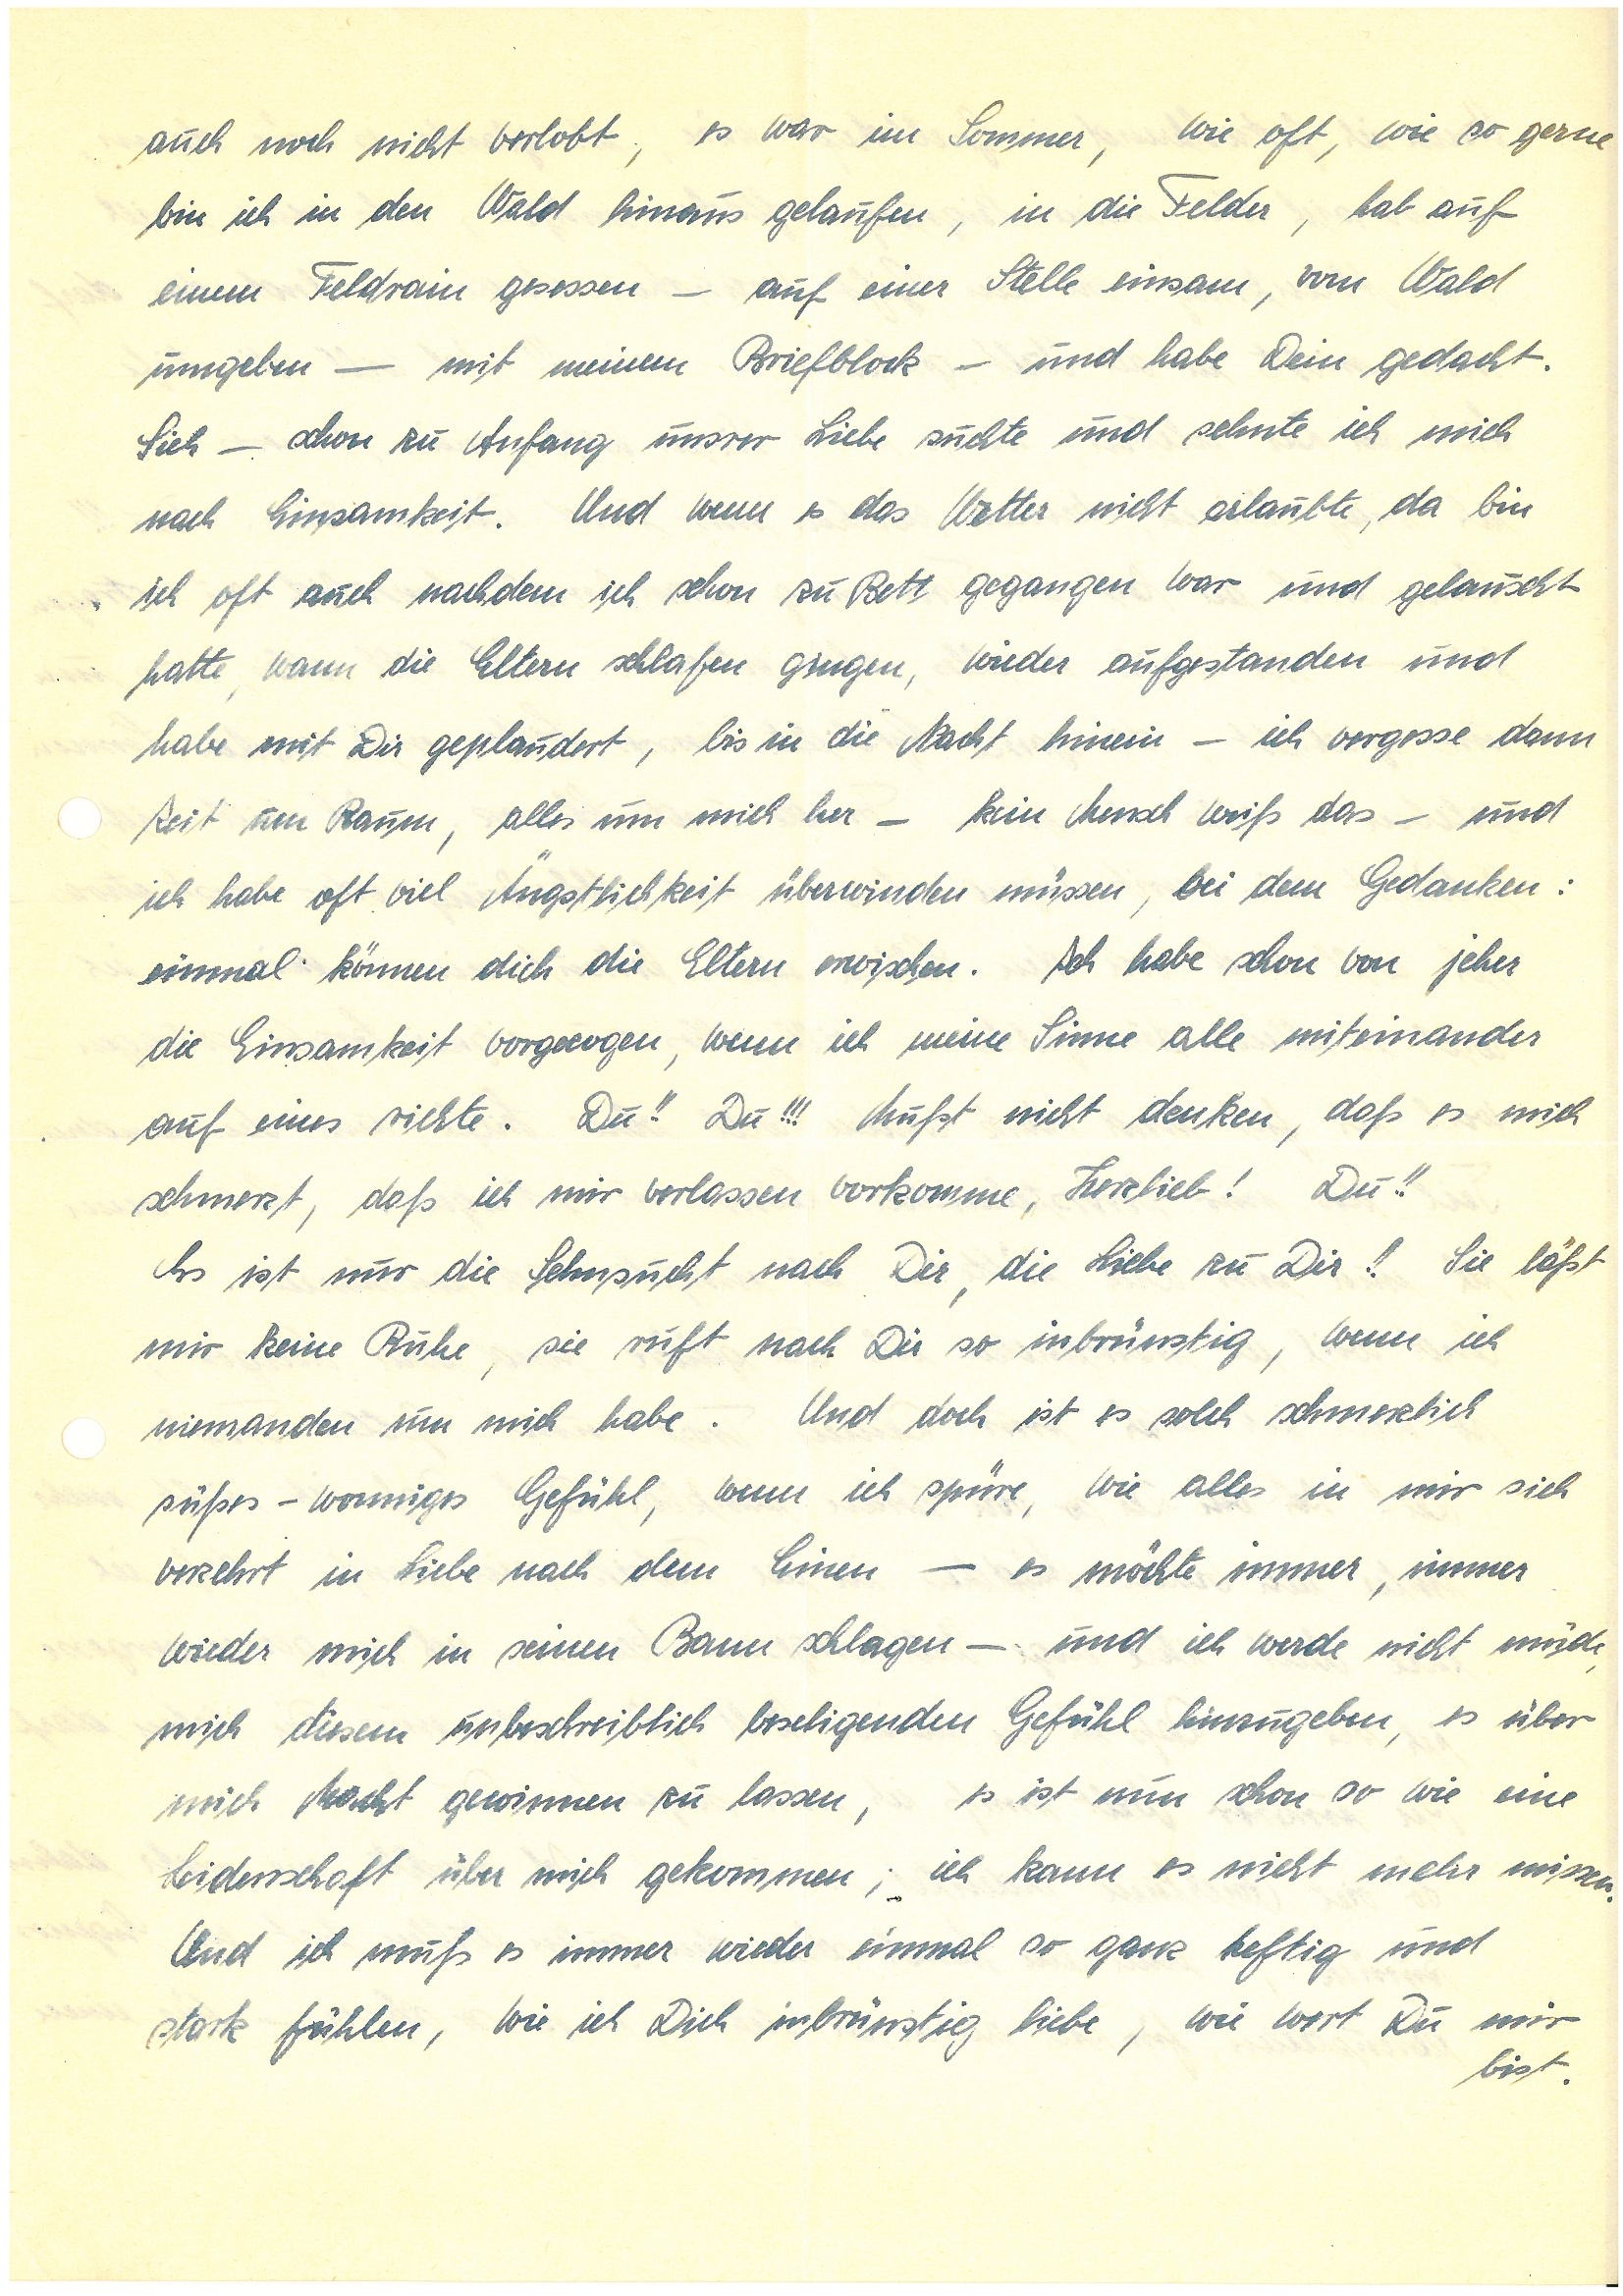
auch noch nicht verlobt, es war im Sommer, wie oft, wie so gerne
bin ich in den Wald hinaus gelaufen, in die Felder, hab auf
einem Feldrain gesessen – auf einer Stelle einsam, von Wald
umgeben – mit meinem Briefblock – und habe Dein gedacht.
Sieh – schon zu Anfang unsrer Liebe suchte und sehnte ich mich
nach Einsamkeit. Und wenn es das Wetter nicht erlaubte, da bin
ich oft auch nachdem ich schon zu Bett gegangen war und gelauscht
hatte, wann die Eltern schlafen gingen, wieder aufgestanden und
habe mit Dir geplaudert, bis in die Nacht hinein – ich vergesse dann
Zeit um Raum, alles um mich her – kein Mensch weiß das – und
ich habe oft viel Ängstlichkeit überwinden müssen, bei dem Gedanken:
einmal können dich die Eltern erwischen. Ich habe schon von jeher
die Einsamkeit vorgezogen, wenn ich meine Sinne alle miteinander
auf eines richte, Du!! Du!!! Mußt nicht denken, daß es mich
schmerzt, daß ich mir verlassen vorkomme, Herzlieb! Du!!
Es ist nur die Sehnsucht nach Dir, die Liebe zu Dir!! Sie läßt
mir keine Ruhe, sie ruft nach Dir so inbrünstig, wenn ich
niemanden um mich habe. Und doch ist es solch schmerzlich
süßes – wonniges Gefühl, wenn ich spüre, wie alles in mir sich
verzehrt in Liebe nach dem Einen – es möchte immer, immer
wieder mich in seinen Bann schlagen – und ich werde nicht müde,
mich diesem unbeschreiblich beseligenden Gefühl hinzugeben, es über
mich Macht gewinnen zu lassen, es ist nun schon so wie eine
Leidenschaft über mich gekommen; ich kann es nicht mehr missen.
Und ich muß es immer wieder einmal so ganz heftig und
stark fühlen, wie ich Dich inbrünstig liebe, wie wert Du mir
bist.